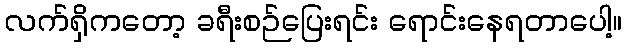
လက်ရှိကတော့ ခရီးစဉ်ပြေးရင်း ရောင်းနေရတာပေါ့။